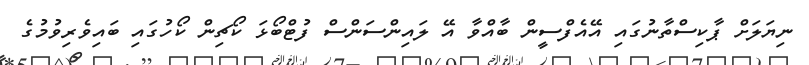
ނިޔަލަށް ޕާކިސްތާނުގައި އޭއެފްސީން ބާއްވާ އޭ ލައިންސަންސް ފުޓްބޯޅަ ކޯޗިން ކޯހުގައި ބައިވެރިވުމުގެ